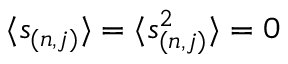
\langle s _ { ( n , j ) } \rangle = \langle s _ { ( n , j ) } ^ { 2 } \rangle = 0